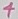
Text: 4